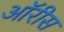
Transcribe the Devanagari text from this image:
ऑरीस